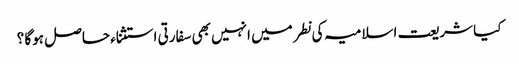
کیا شریعت اسلامیہ کی نطر میں انہیں بھی سفارتی استثناء حاصل ہوگا ؟